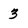
Character: 3